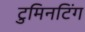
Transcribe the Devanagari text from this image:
टुमिनटिंग